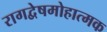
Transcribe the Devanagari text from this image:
रागद्वेषमोहात्मक